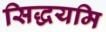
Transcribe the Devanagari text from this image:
सिद्धयमि